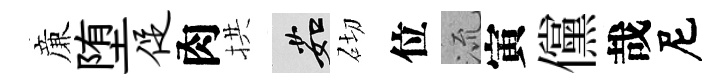
亷堕促肉拱茹砌位𣴑寅儻哉尼